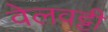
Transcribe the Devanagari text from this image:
वेलवट्टी